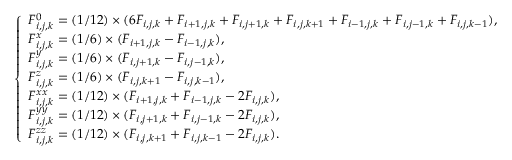
\left\{ \begin{array} { l l } { F _ { i , j , k } ^ { 0 } = ( 1 / 1 2 ) \times ( 6 F _ { i , j , k } + F _ { i + 1 , j , k } + F _ { i , j + 1 , k } + F _ { i , j , k + 1 } + F _ { i - 1 , j , k } + F _ { i , j - 1 , k } + F _ { i , j , k - 1 } ) , } \\ { F _ { i , j , k } ^ { x } = ( 1 / 6 ) \times ( F _ { i + 1 , j , k } - F _ { i - 1 , j , k } ) , } \\ { F _ { i , j , k } ^ { y } = ( 1 / 6 ) \times ( F _ { i , j + 1 , k } - F _ { i , j - 1 , k } ) , } \\ { F _ { i , j , k } ^ { z } = ( 1 / 6 ) \times ( F _ { i , j , k + 1 } - F _ { i , j , k - 1 } ) , } \\ { F _ { i , j , k } ^ { x x } = ( 1 / 1 2 ) \times ( F _ { i + 1 , j , k } + F _ { i - 1 , j , k } - 2 F _ { i , j , k } ) , } \\ { F _ { i , j , k } ^ { y y } = ( 1 / 1 2 ) \times ( F _ { i , j + 1 , k } + F _ { i , j - 1 , k } - 2 F _ { i , j , k } ) , } \\ { F _ { i , j , k } ^ { z z } = ( 1 / 1 2 ) \times ( F _ { i , j , k + 1 } + F _ { i , j , k - 1 } - 2 F _ { i , j , k } ) . } \end{array} \right.